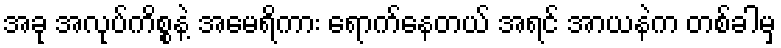
အခု အလုပ်ကိစ္စနဲ့ အမေရိကား ရောက်နေတယ် အရင် အာယနဲက တစ်ခါမှ